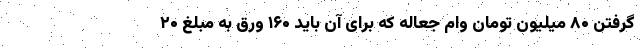
گرفتن ۸۰ میلیون تومان وام جعاله که برای آن باید ۱۶۰ ورق به مبلغ ۲۰